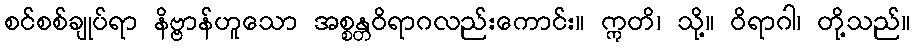
စင်စစ်ချုပ်ရာ နိဗ္ဗာန်ဟူသော အစ္စန္တဝိရာဂလည်းကောင်း။ ဣတိ၊ သို့။ ဝိရာဂါ၊ တို့သည်။